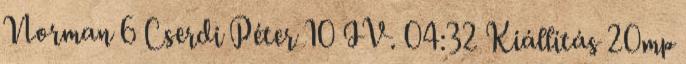
Norman 6 Cserdi Péter 10 IV. 04:32 Kiállítás 20mp